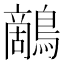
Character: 𪄱